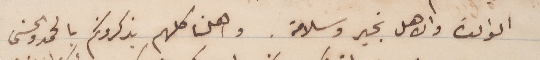
الوالدة والاهل بخير وسلامة. واهلنا كلهم يذكرونكم بالحمد والحسنى